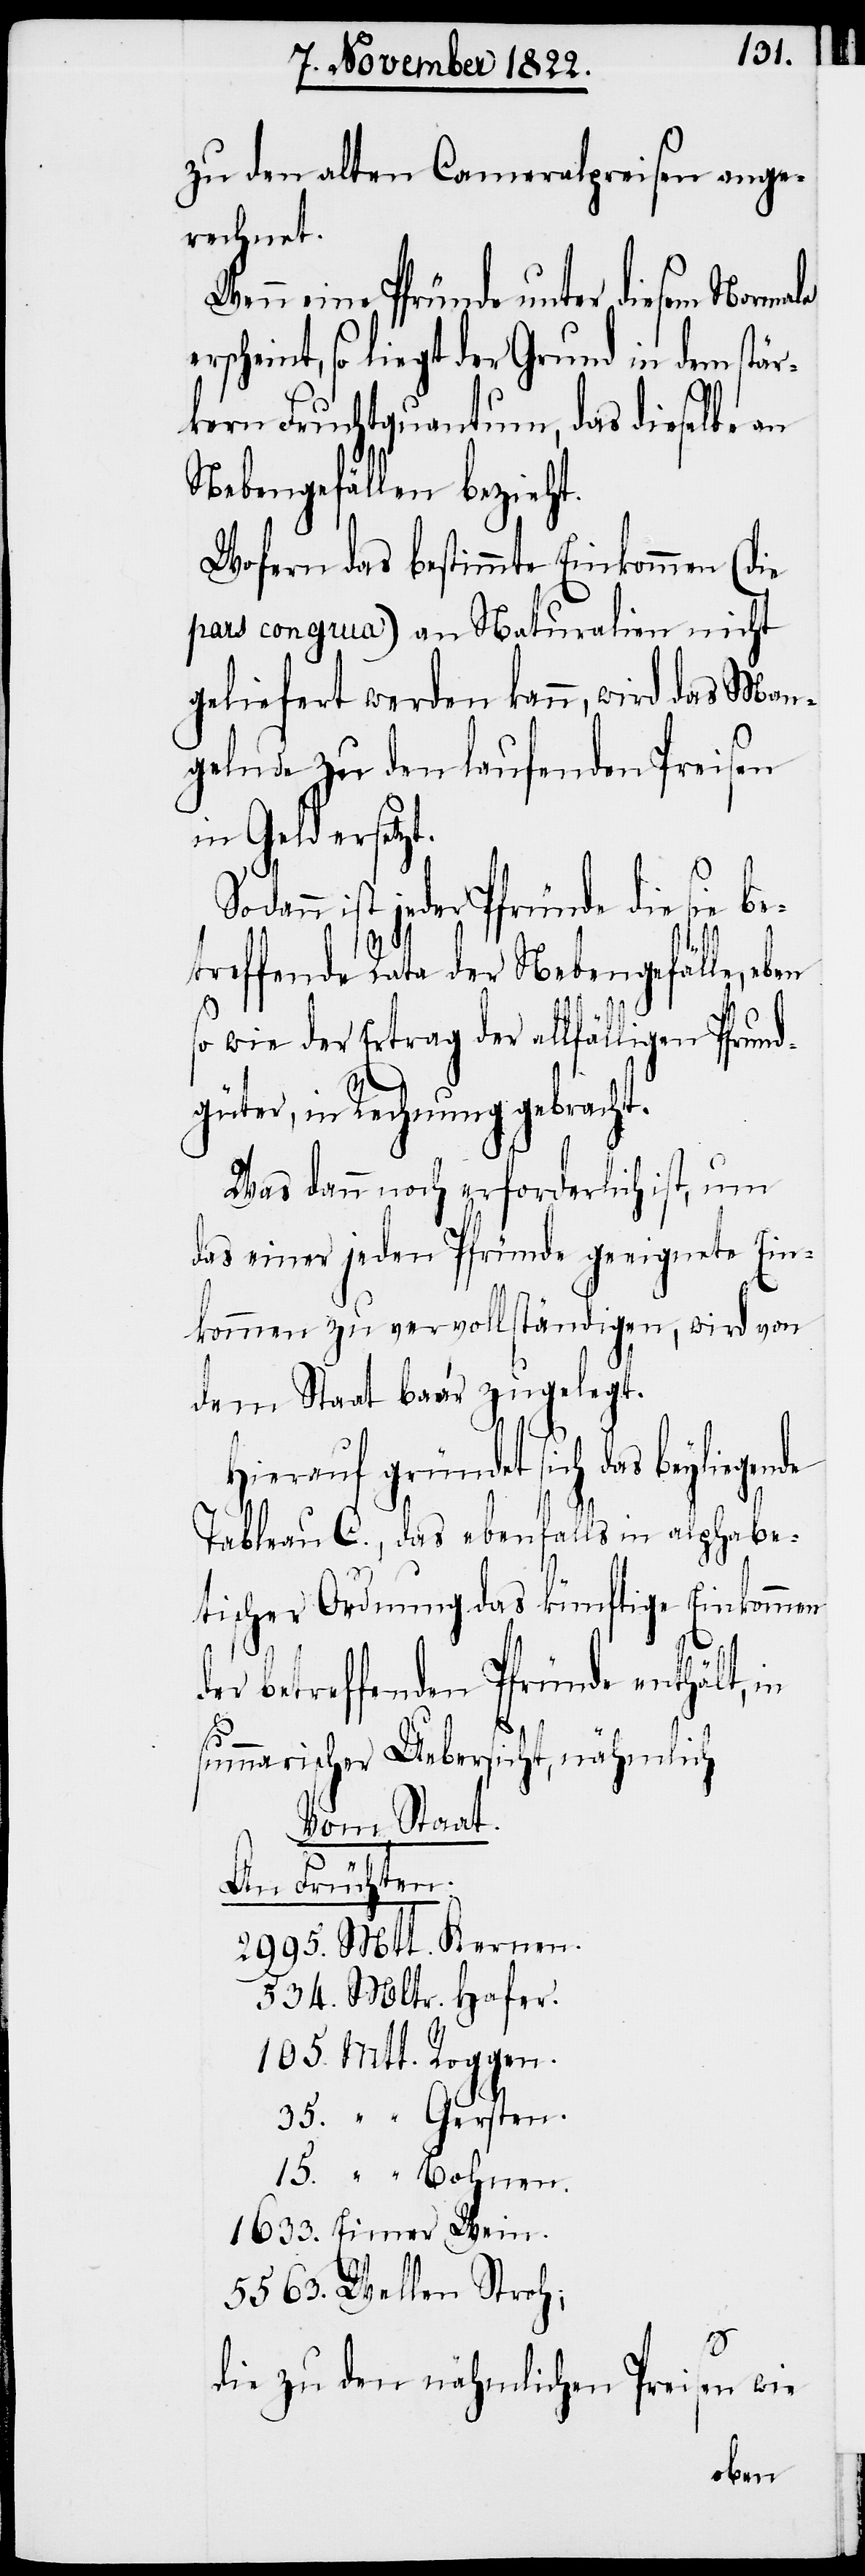
zu den alten Cameralpreisen ange¬
rechnet.
Wenn eine Pfründe unter diesem Normale
rscheint, so liegt der Grund in dem stär¬
kern Fruchtquantum, das dieselbe an
Nebengefällen bezieht.
Wofern das bestimmte Einkommen (die
pars congrua) an Naturalien nicht
geliefert werden kann, wird das Man¬
gelnde zu den laufenden Preisen
Gersten.
dann ist jeder Pfründe die sie be¬
treffende Rata der Nebengefälle,
so wie der Ertrag der allfälligen Pfrund¬
güter, in Rechnung gebracht.
Was dann noch erforderlich ist, um
das einer jeden Pfründe geeignete Ein¬
kommen zu vervollständigen, wird von
dem Staat baar zugelegt.
Hierauf gründet sich das beyliegende
Tableau C., das ebenfalls in alphabe¬
tischer Ordnung das künftige Einkommen
er betreffenden Pfründe enthält,
summarischer Uebersicht, nähmlich
Vom Staat.
An Früchten.
15.
die zu den nähmlichen Preisen wie
eben